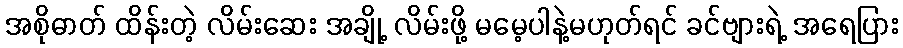
အစိုဓာတ် ထိန်းတဲ့ လိမ်းဆေး အချို့ လိမ်းဖို့ မမေ့ပါနဲ့မဟုတ်ရင် ခင်ဗျားရဲ့ အရေပြား